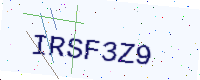
Text: IRSF3Z9